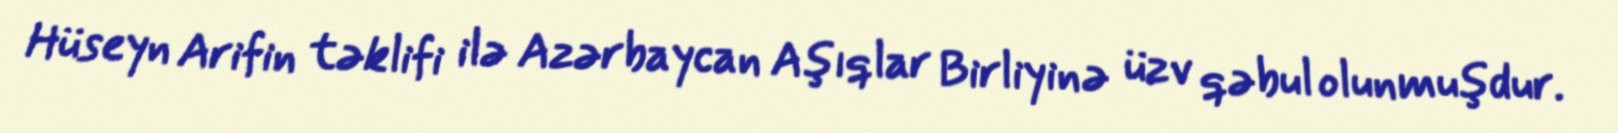
Hüseyn Arifin təklifi ilə Azərbaycan Aşıqlar Birliyinə üzv qəbul olunmuşdur.